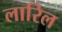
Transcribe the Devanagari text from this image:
लारिल